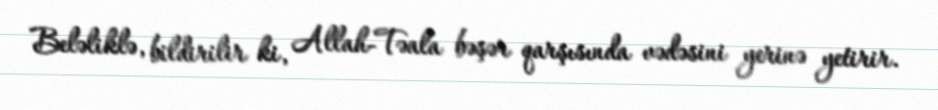
Beləliklə, bildirilir ki, Allah-Təala bəşər qarşısında vədəsini yerinə yetirir.